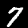
Digit: 7